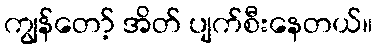
ကျွန်တော့် အိတ် ပျက်စီးနေတယ်။